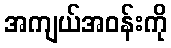
အကျယ်အဝန်းကို